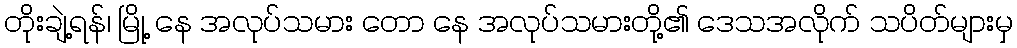
တိုးချဲ့ရန်၊ မြို့ နေ အလုပ်သမား တော နေ အလုပ်သမားတို့၏ ဒေသအလိုက် သပိတ်များမှ